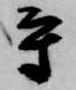
守